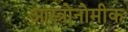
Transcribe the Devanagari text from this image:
आस्त्रोनोमीक